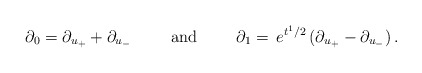
\begin{align*}\partial_0 = \partial_{u_{+}} + \partial_{u_{-}} \hspace{1cm} \mbox{and} \hspace{1cm} \partial_1 = \,e^{t^1/2} \, ( \partial_{u_{+}} - \partial_{u_{-}})\, .\end{align*}